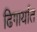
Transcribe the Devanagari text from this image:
ढिगार्यात